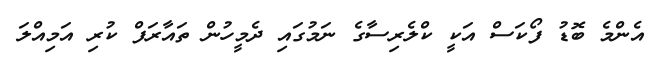
އެންމެ ބޮޑު ފޯކަސް އަކީ ކްލެރިސާގެ ނަމުގައި ދެމީހުން ތައާރަފް ކުރި އަމިއްލަ